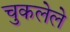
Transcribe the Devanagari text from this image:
चुकलेले